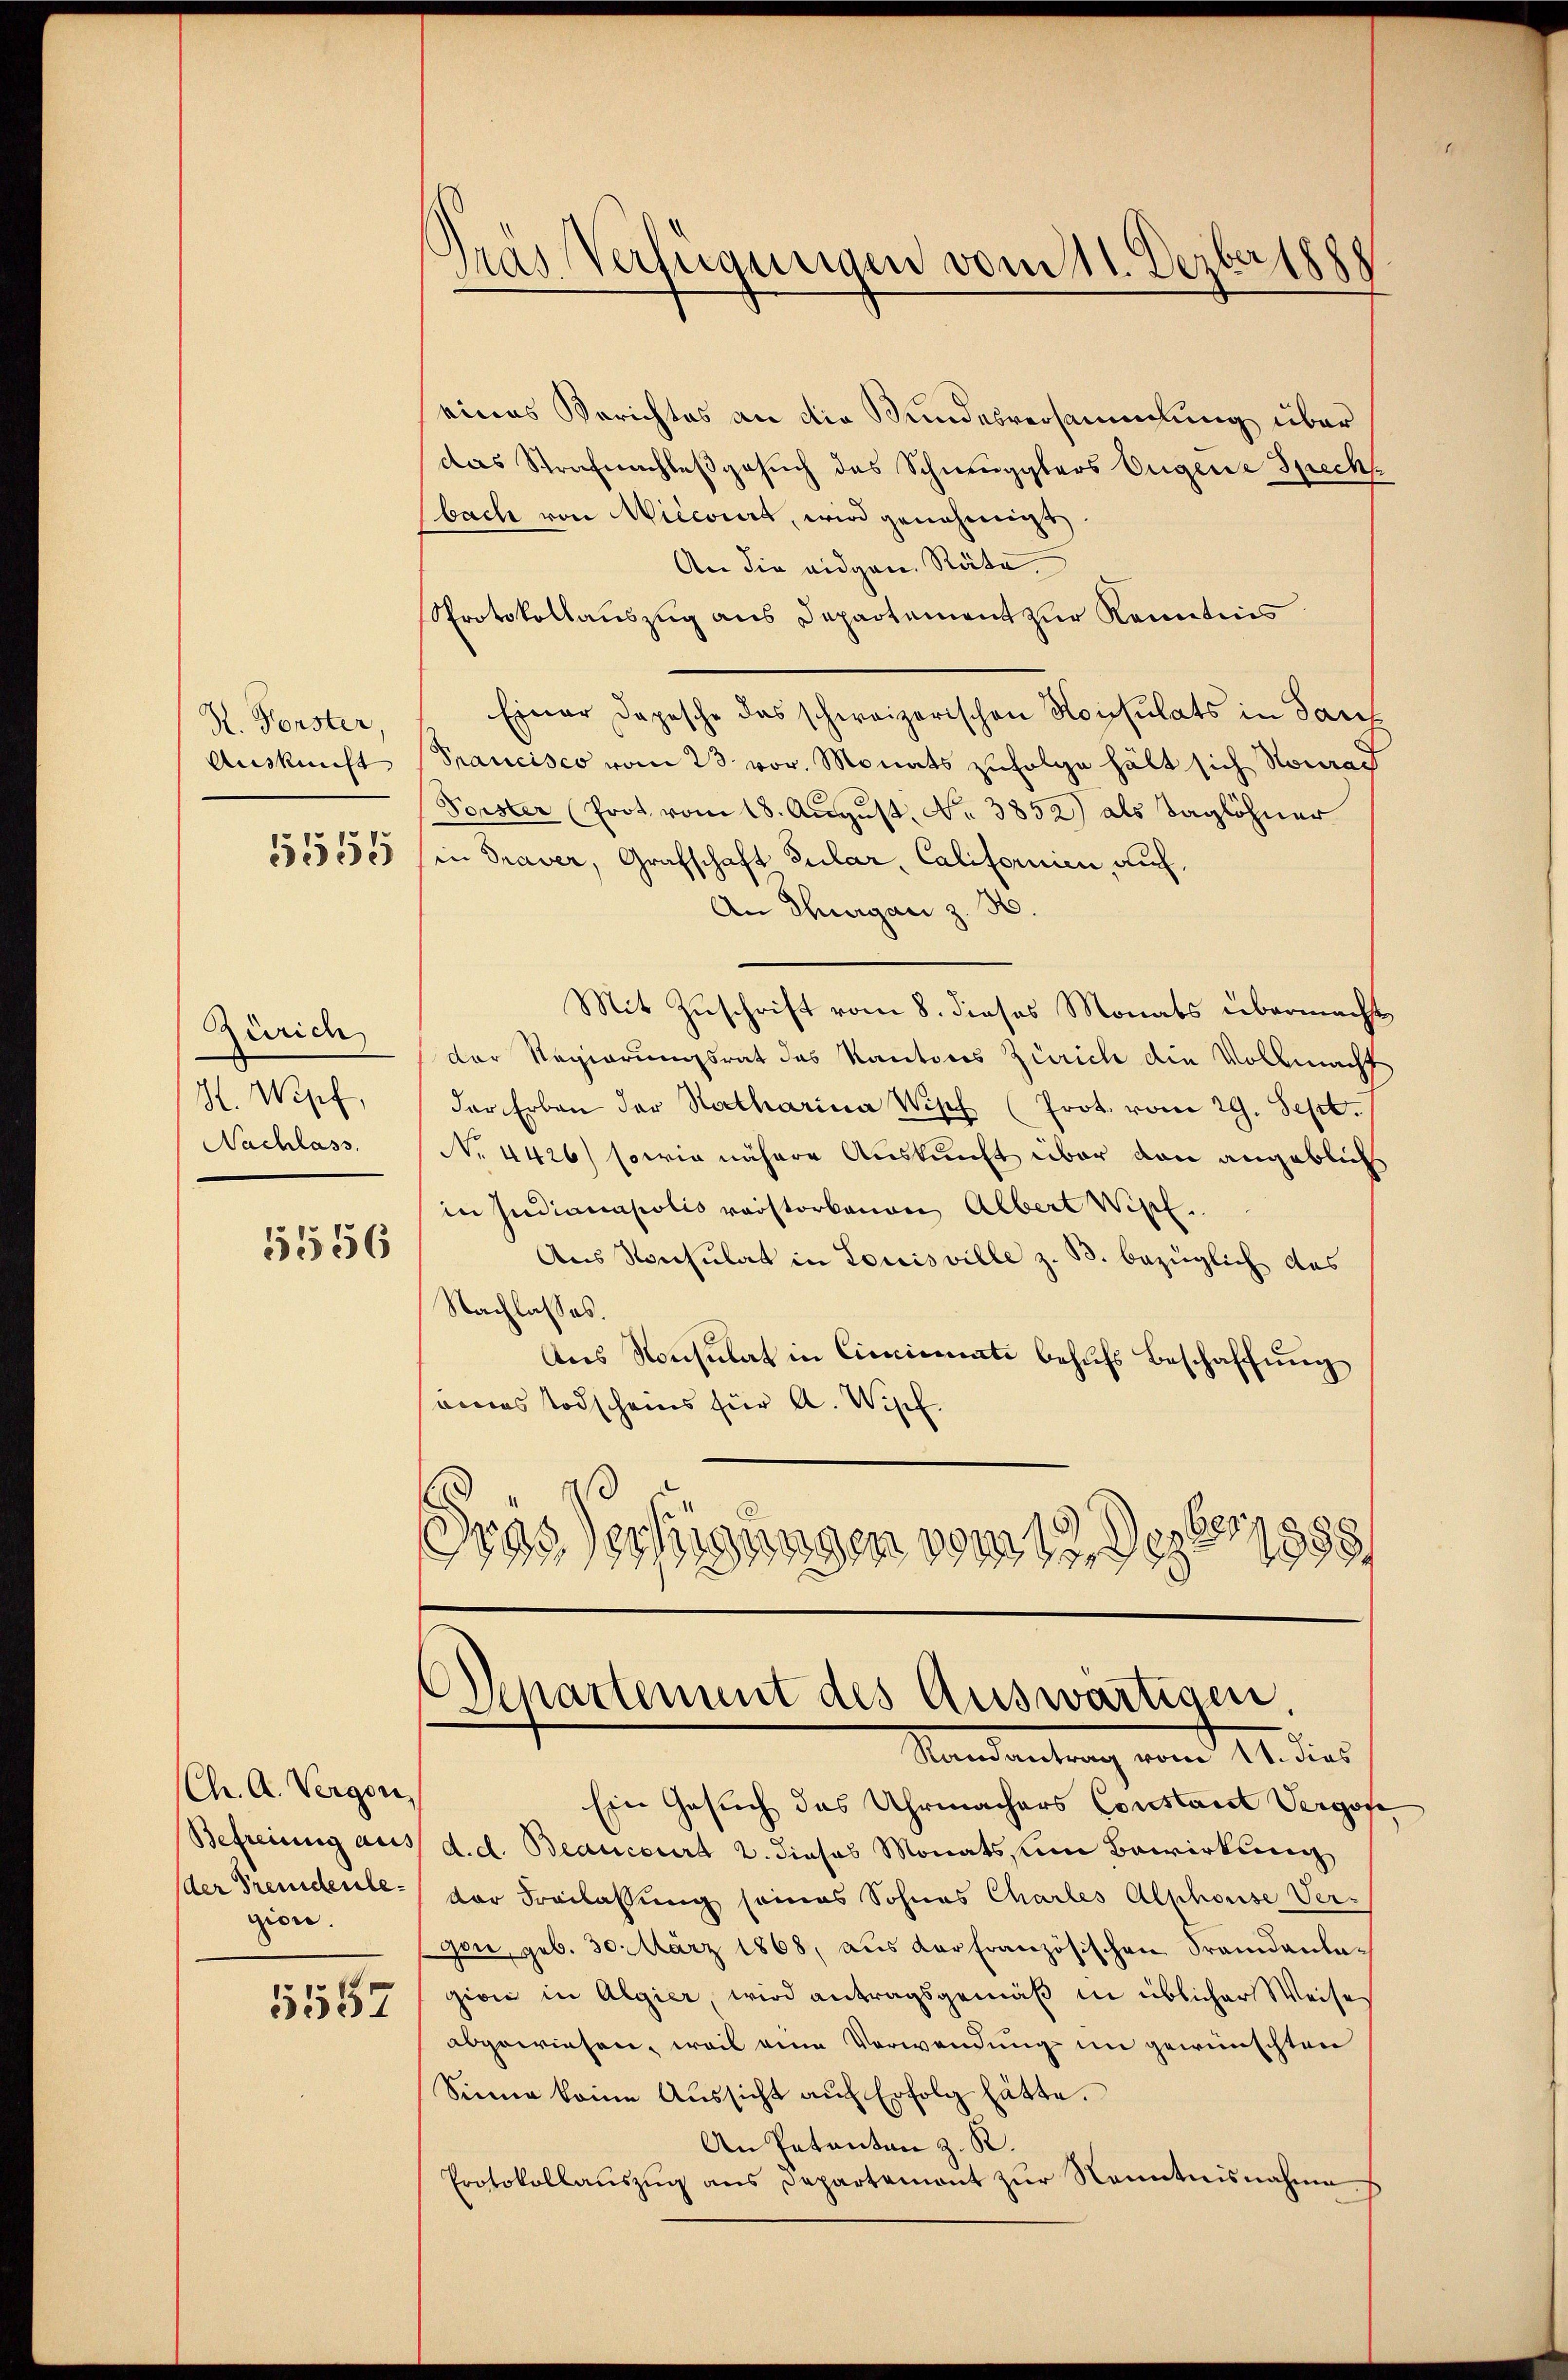
R. Forster,
Auskunft
1551

Zürich
H. Wipf,
Nachlass

1556

(Ch. A. Vergon
(der Freudente.
gion.
5552

Gras Verfügungen vom 11. Dezbr 1888

eines Berichtes an die Bundesversammlung über
das Strafnachlassgesuch des Schmugglers Eugene Speckbach von Niccourt, wird genehmigt.
An die eidgen. Räte.
Protokollauszug aus Departement zur Kenntnis
Einer Depesche das schweizerischen Konsulats in Tauf
Prancisco vom 23. vor. Monats zufolge hält sich Nomad
Forster (Prot vom 18. August. No. 3852) als Taglöhner
in Traver, Grafschaft Sular, Californien auf,
An Thurgau z. B.
Mit Zuschrift vom 8. dieses Monats übermacht
der Regierungsrat des Kantons Zürich die Vollmacht
der Erben der Natharina Wipf (Prot. vom 29. Sept.
No 4426) sowie nähere Auskunft über den angeblich
in Judianapolis verstorbenen Albert Wipf
Aus Konsulat in Louisville z. B. bezüglich das
Nachlasses.
Ans Konsulat in Cincisenate behufs Beschaffung
eines Todscheins für A. Wipf
Gras Verfügungen vom 13. Dezbr. 1898/
Departement des Auswärtigen.
Randantrag vom 11. dies
Ein Gesuch das Uhrmachers Constant Vergos
Befreiung aus d. d. Beaucourt 2. dieses Monats im Bewirkung
der Freilassung seines Sohnes Chartes Alphouse Ver-
gen, geb. 30. März 1868, aus der französischen Frandanlagiani in Algier, wird antragsgemäß in üblicher Weise
abgewiesen, weil eine Verwendung in gewünschten
Sinne keine Aussicht auf Erfolg hätte.
An Patantan z. R.
Protokollauszug aus Departemont zur Kenntnisnahme